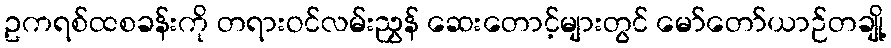
ဥကရစ်ထစခန်းကို တရားဝင်လမ်းညွှန် ဆေးတောင့်များတွင် မော်တော်ယာဉ်တချို့